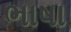
ભાષા